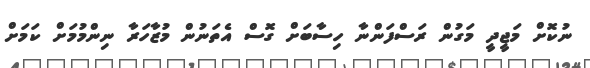
ނުކޮށް މަޖީދީ މަގުން ރަސްފަންނާ ހިސާބަށް ގޮސް އެތަނުން މުޒާހަރާ ނިންމުމަށް ކަމަށް